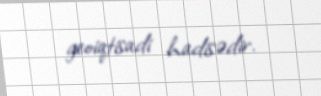
geoiqtisadi hadisədir.